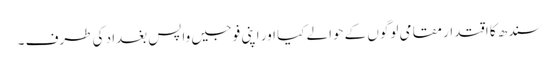
سندھ کا اقتدار مقامی لوگوں کے حوالے کیا اور اپنی فوجیں واپس بغداد کی طرف ۔